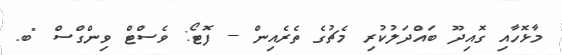
މާޅޮހާއި ގޮއިދޫ ބައްދަލުކުރި މެޗުގެ ތެރެއިން -- ފޮޓޯ: ވެސްޓް ވިންގްސް "ބ.